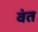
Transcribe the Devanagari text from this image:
वंत